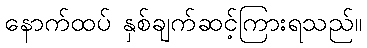
နောက်ထပ် နှစ်ချက်ဆင့်ကြားရသည်။